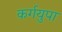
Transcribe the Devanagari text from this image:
कर्गयुपा